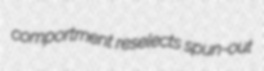
comportment reselects spun-out